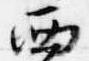
西